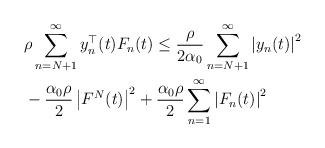
LaTeX: \begin{align*}&\rho \sum_{n=N+1}^{\infty}y_n^{\top}(t)F_n(t)\leq \frac{\rho}{2\alpha_0}\sum_{n=N+1}^{\infty}\left| y_n(t) \right|^2 \\&- \frac{\alpha_0 \rho}{2} \left| F^N(t) \right|^2+\frac{\alpha_0 \rho}{2} \sum_{n=1}^{\infty}\left| F_n(t) \right|^2\end{align*}